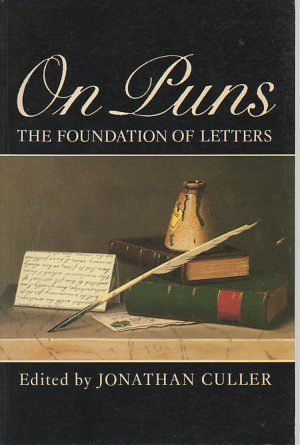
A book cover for On Puns: The Foundation of Letters; Jonathan Culler; Humor & Entertainment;